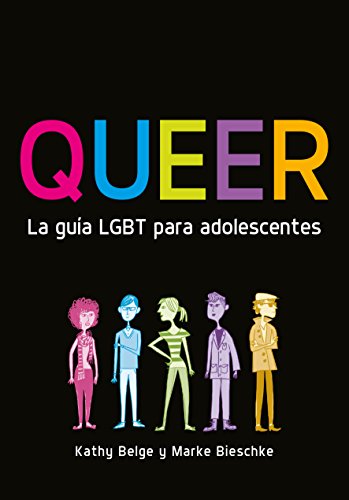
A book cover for Queer. La guÃ­a LGBT para adolescentes (Spanish Edition); Kathy Belge; Teen & Young Adult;